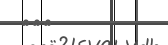
٢٦٥